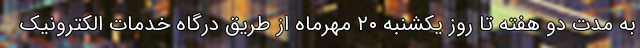
به مدت دو هفته تا روز یکشنبه ۲۰ مهرماه از طریق درگاه خدمات الکترونیک